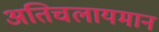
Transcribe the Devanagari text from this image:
अतिचलायमान